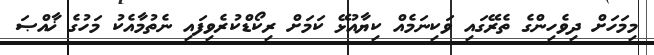
މިމަހަށް ދިވެހިންގެ ތެރޭގައި ވަކިނަމެއް ކިޔާއުޅޭ ކަމަށް ރިކޯޑްކުރެވިފައި ނެތުމާއެކު މަހުގެ ޚާއްޞަ